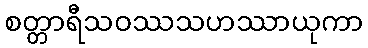
စတ္တာရီသဝဿသဟဿာယုကာ